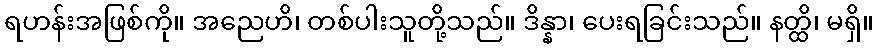
ရဟန်းအဖြစ်ကို။ အညေဟိ၊ တစ်ပါးသူတို့သည်။ ဒိန္နာ၊ ပေးရခြင်းသည်။ နတ္ထိ၊ မရှိ။